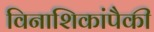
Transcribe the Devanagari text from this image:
विनाशिकांपैकी